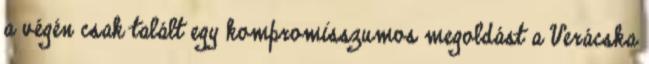
a végén csak talált egy kompromisszumos megoldást a Verácska